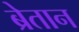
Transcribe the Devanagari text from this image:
ब्रेतान